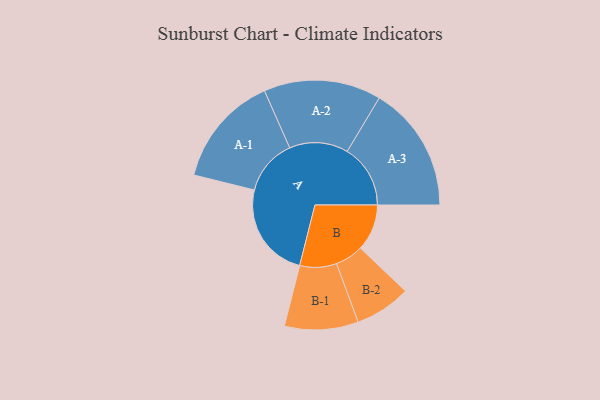
{"axis": {"x": "Segment", "y": "Value"}, "legend": ["", "A", "B"], "data": [{"x": "A", "y": 445, "type": ""}, {"x": "B", "y": 216, "type": ""}, {"x": "A-1", "y": 259, "type": "A"}, {"x": "A-2", "y": 272, "type": "A"}, {"x": "A-3", "y": 293, "type": "A"}, {"x": "B-1", "y": 171, "type": "B"}, {"x": "B-2", "y": 130, "type": "B"}]}